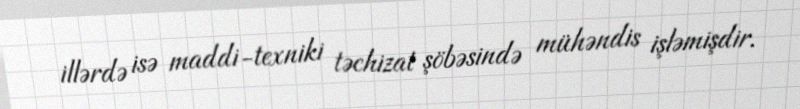
illərdə isə maddi-texniki təchizat şöbəsində mühəndis işləmişdir.